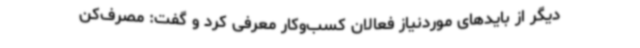
دیگر از بایدهای موردنیاز فعالان کسب‌وکار معرفی کرد و گفت: مصرف‌کن